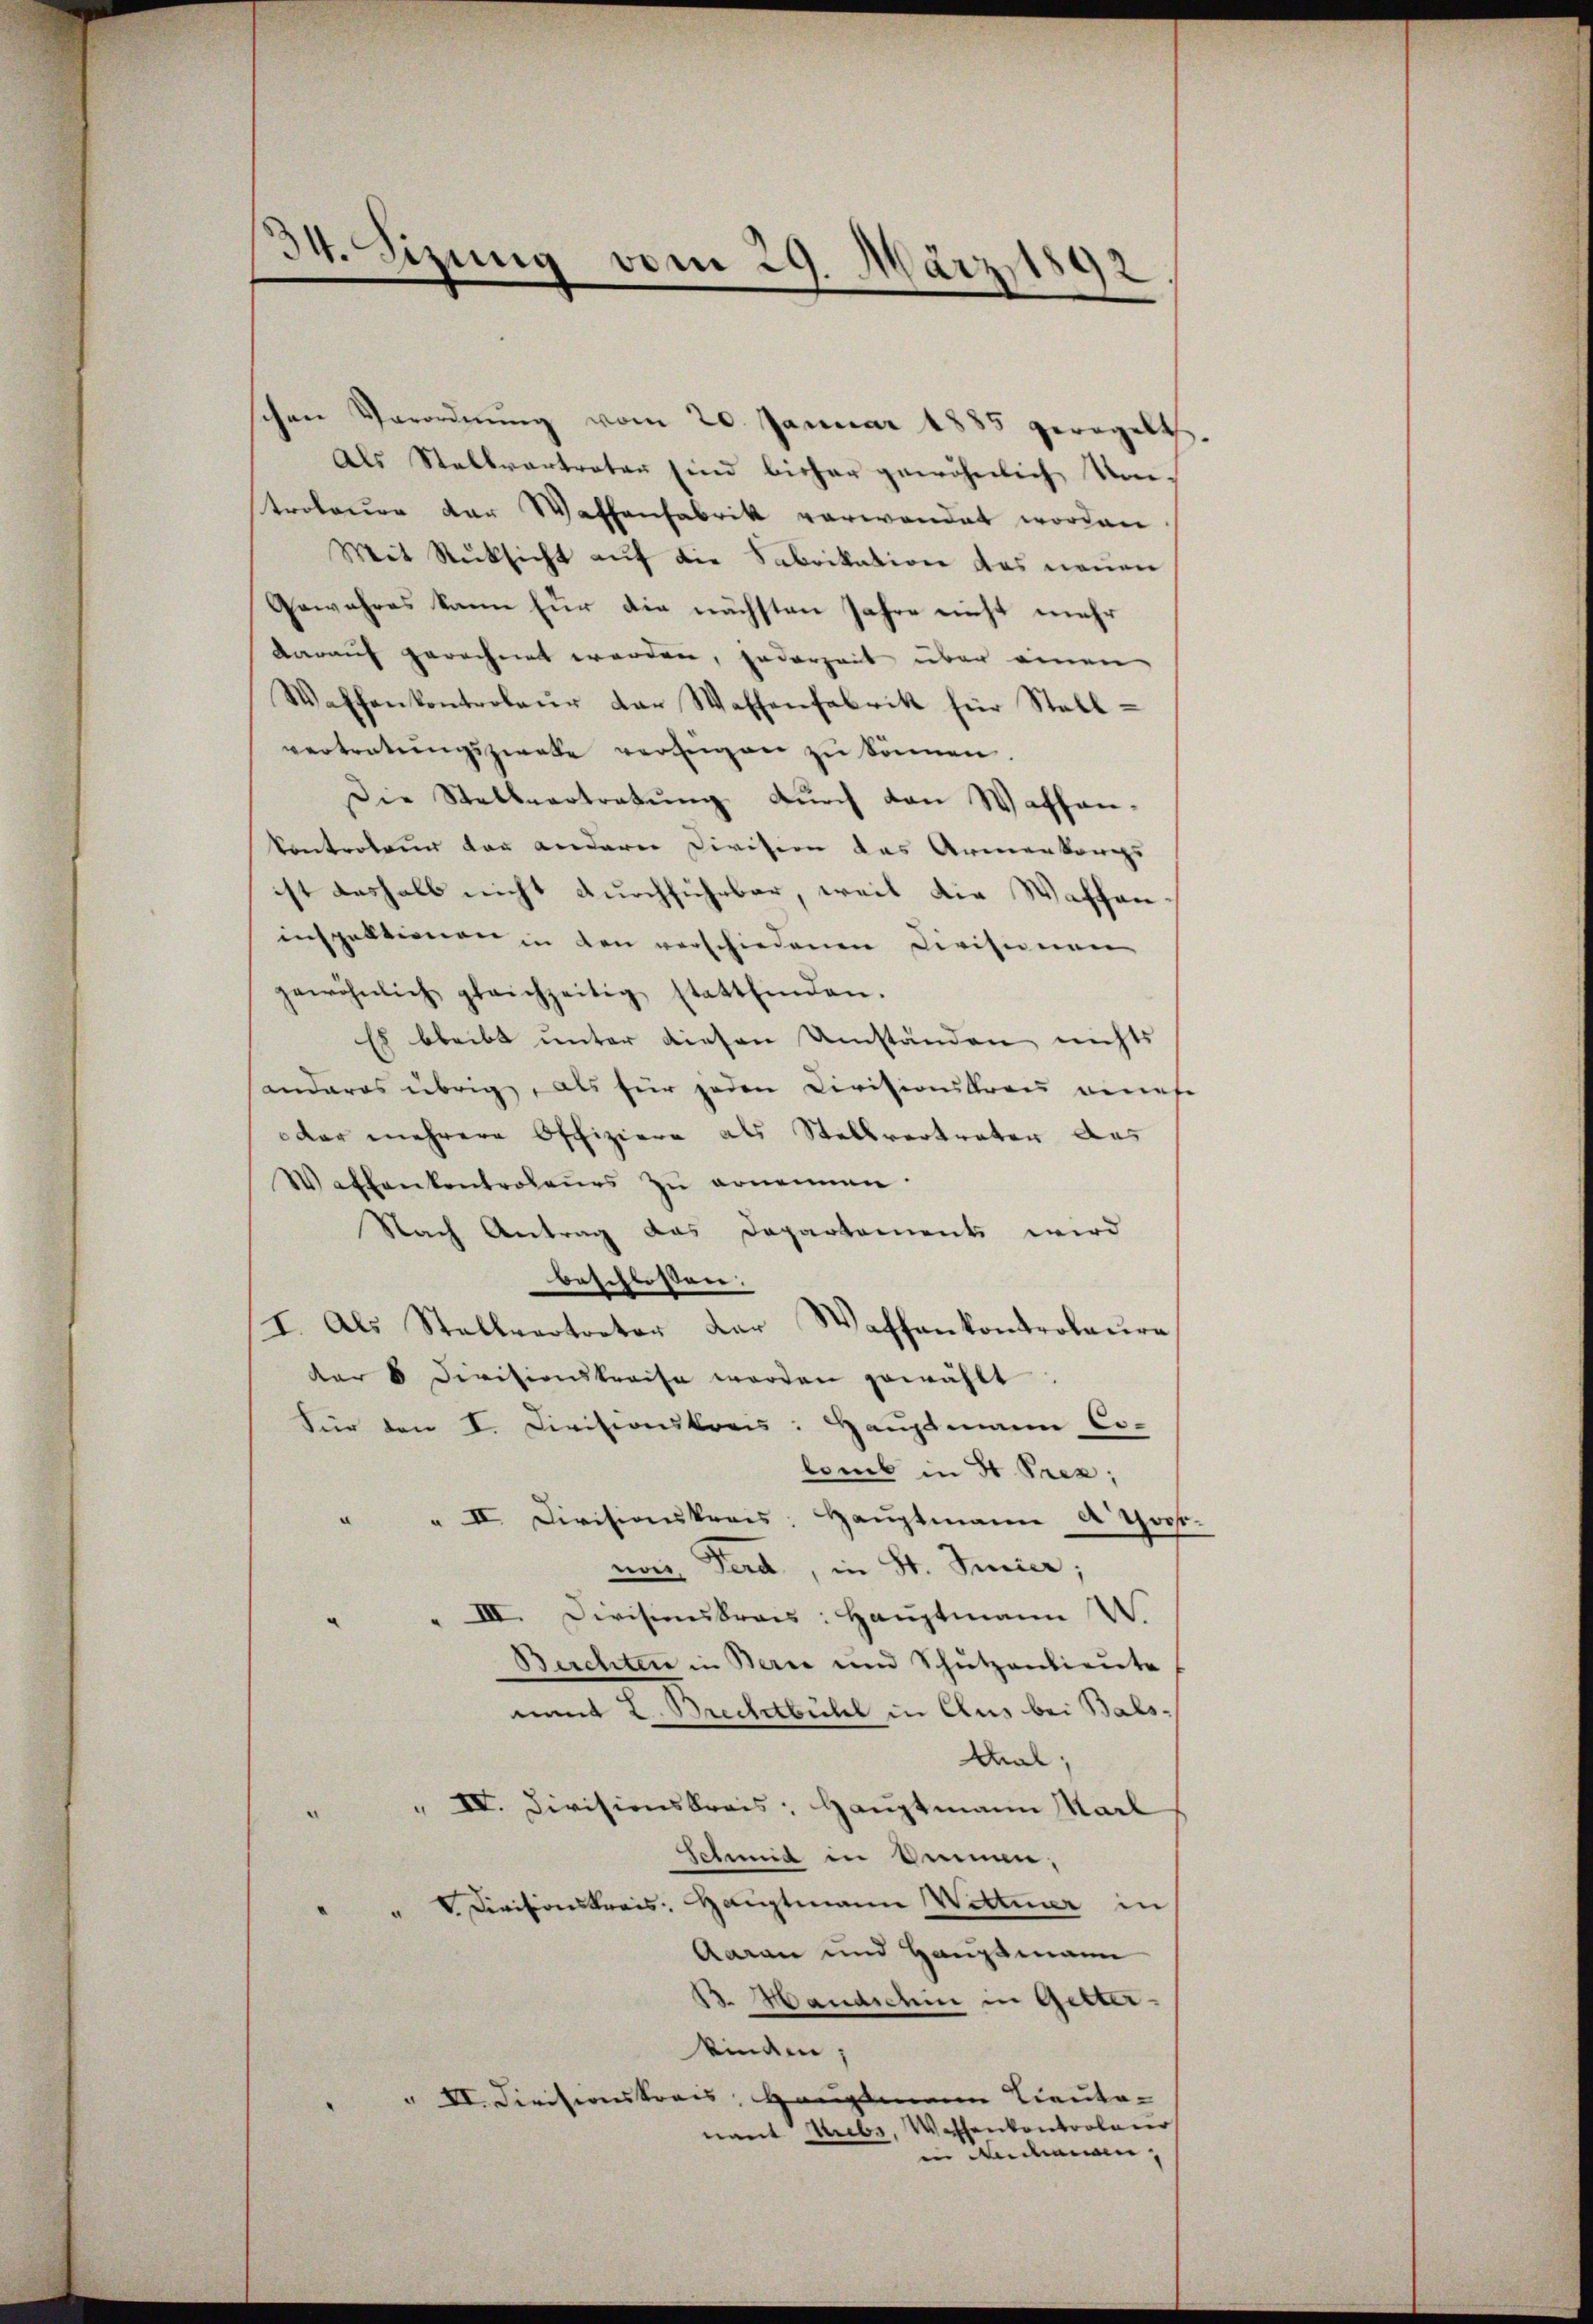
34. Sizung vom 29. März 1892
e

schen Verordnŭng vom 20. Januar 1885 geregelt
Als Stallvertreter sind bisher gewöhnlich Umstrolauer der Waffenfabrik verwandet worden
Mit Rücksicht auf die Fabrikation des neuen
Gewahres kann für die nächsten Jahre nicht mehr
darauf gerechnet werden, jederzeit über einen
Waffenkontroleur der Waffenfabrik für Stall-
vertretŭngszwelle verfügen zu können.
Die Stellvertretung durch von Waffenkontroleur der anderer Division das Armenkangs
ist deshalb nicht durchführbar, weil die Waffen
inspektionen in den verschiedenen Civisionen
gewöhnlich gleichzeitig stattfinden.
Es bleibt unter diesen Umständen nichts
anderes übrig, als für jeden Civisionskrau genese
dar mehrere Offiziere als Stellvertrater das
Waffenkentrolaŭs zŭ ernennen.
Nach Antrag das Departements wird
beschlossen:
I. Als Stallvertreter der Waffenkontroleure
dar 8 Divisionskreise werden gewählt.
Für den I. Civisionskreis: Hauptmann Co-
lomb in 3 Pren;
" " II. Divisionskreis: Haŭptmann A Goss-
noch Ferd, in St. Jenier;
III. Divisionskrais: Hauptmann W.
Berchten in Bern und Schŭtzanlieŭte
nung L. Buchbühl in Clus bei Bals-
Mal;
" IV. Divisionskreis: Hauptmann Karl
Schmid in Seien,
Divisionskreis: Hauptmann Wetter in

Aaran und Hauptmann
13. Mandschin in Getter.
kinden,
" VI. Divisionskrais, Hauptmann Lieute-
nant Krebs, Wassenkontroleur
in Andamen,